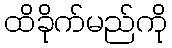
ထိခိုက်မည်ကို